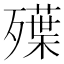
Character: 𣩨